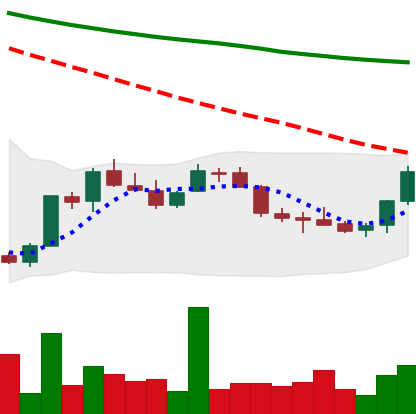
Ticker: LINK-USD
Chart end date: 2018-07-17
Forward return: -19.002%
Label: down_7plus